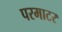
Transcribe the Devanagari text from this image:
परमाटर